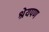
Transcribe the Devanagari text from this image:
श्रेयपण